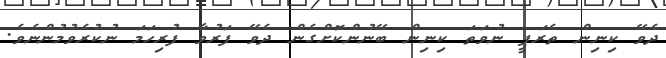
ދެވޭ ކިނިން ތެރަޕީ ނުވަތަ ކިނިން ބޭނުންކޮށްގެން ދެވޭ ފަރުވާ ފުރިހަމަ ނުކުރެވުމުންނެވެ.